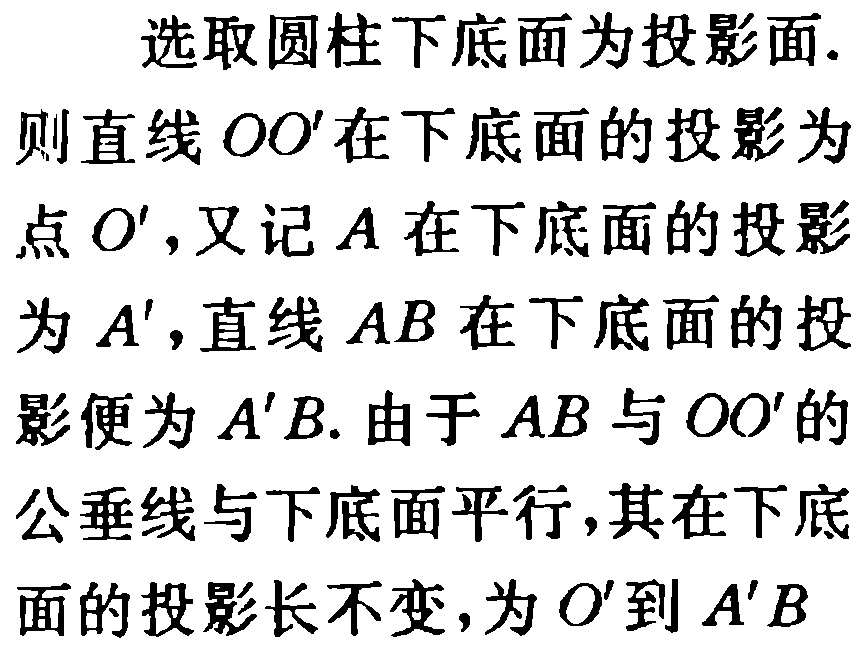
选取圆柱下底面为投影面.

则直线 \(OO'\) 在下底面的投影为

点 \(O'\)，又记 \(A\) 在下底面的投影

为 \(A'\)，直线 \(AB\) 在下底面的投

影便为 \(A'B\). 由于 \(AB\) 与 \(OO'\) 的

公垂线与下底面平行，其在下底

面的投影长不变，为 \(O'\) 到 \(A'B\)